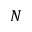
N